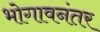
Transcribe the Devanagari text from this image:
भोगावनंतर